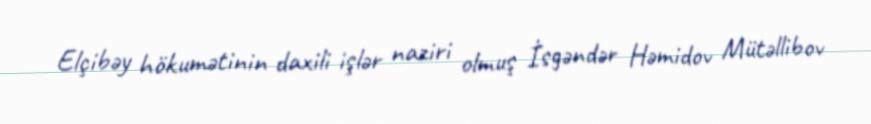
Elçibəy hökumətinin daxili işlər naziri olmuş İsgəndər Həmidov Mütəllibov